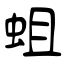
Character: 蛆